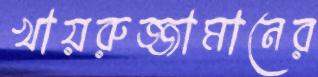
খায়রুজ্জামানের